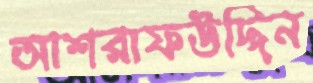
আশরাফউদ্দিন